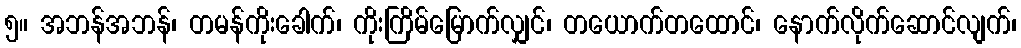
၅။ အဘန်အဘန်၊ တမန်ကိုးခေါက်၊ ကိုးကြိမ်မြောက်လျှင်၊ တယောက်တထောင်၊ နောက်လိုက်ဆောင်လျက်၊